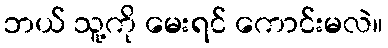
ဘယ် သူ့ကို မေးရင် ကောင်းမလဲ။